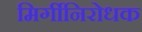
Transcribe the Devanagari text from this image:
मिर्गीनिरोधक